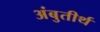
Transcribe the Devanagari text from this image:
अंबुतीर्थ